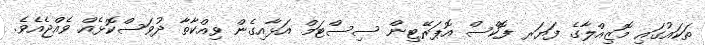
ތަކައުގައި މޮޒިއްލާގެ ފަޔަރ ފޮކްސް އޮޕަރޭޓިން ސިސްޓަމް އަޅާއިގެން ވިއްކާތާ ދުވަސްކޮޅެއް ވެއްޖެއެވެ.